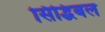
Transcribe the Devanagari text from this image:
सिद्धिबल